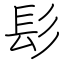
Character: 髟